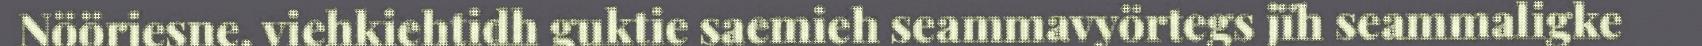
Nöörjesne, viehkiehtidh guktie saemieh seammavyörtegs jïh seammaligke